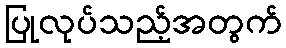
ပြုလုပ်သည့်အတွက်